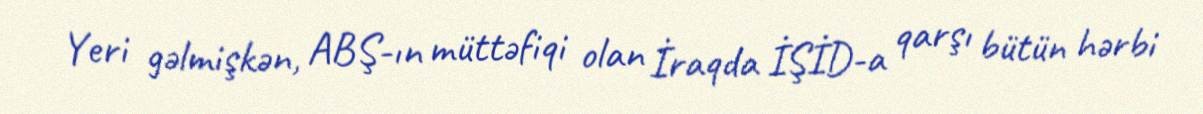
Yeri gəlmişkən, ABŞ-ın müttəfiqi olan İraqda İŞİD-a qarşı bütün hərbi